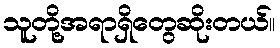
သူတို့အရာရှိတွေဆိုးတယ်။